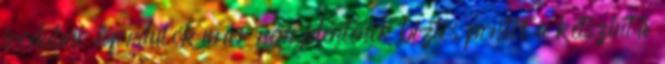
irodalmi évfordulók már nem jelentenek biztos pontot a kétszintű